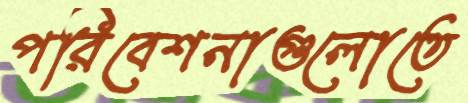
পরিবেশনাগুলোতে